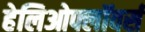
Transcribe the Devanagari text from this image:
हेलिओफ्लॉवर्स